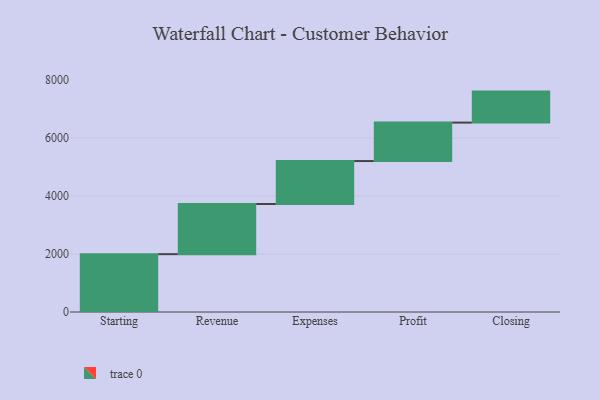
{"axis": {"x": "Step", "y": "Value"}, "legend": [""], "data": [{"x": "Starting", "y": 1995.0, "type": ""}, {"x": "Revenue", "y": 1730.0, "type": ""}, {"x": "Expenses", "y": 1480.0, "type": ""}, {"x": "Profit", "y": 1326.0, "type": ""}, {"x": "Closing", "y": 1069.0, "type": ""}]}